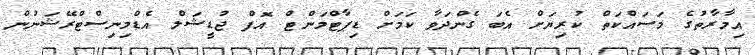
އިމާރާތުގެ މަސައްކަތް ކުރިޔަށް އެބަ ގެންދަވާ ކަމަށް ޑިޕާޓްމަންޓް އޮފް ޖުޑީޝަލް އެޑްމިނިސްޓްރޭޝަނުން